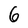
Character: 6